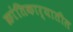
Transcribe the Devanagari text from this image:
क्रांतिकार्यातील